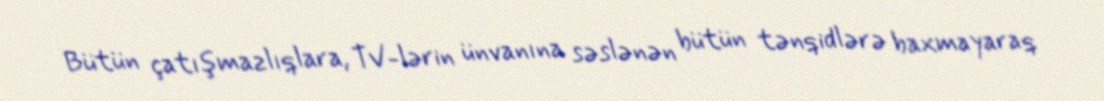
Bütün çatışmazlıqlara, TV-lərin ünvanına səslənən bütün tənqidlərə baxmayaraq